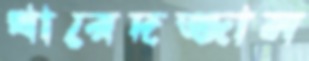
খারেদজ্জাল